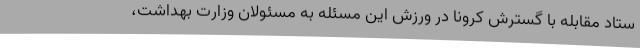
ستاد مقابله با گسترش کرونا در ورزش این مسئله به مسئولان وزارت بهداشت،